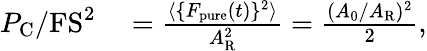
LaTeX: \begin{array}{rl}{P_{\mathrm{C}}/\mathrm{FS}^{2}}&{{}=\frac{\langle\{ F_{\mathrm{pure}}(t)\} ^{2}\rangle}{A_{\mathrm{R}}^{2}}=\frac{(A_{0}/A_{\mathrm{R}})^{2}}{2},}\end{array}